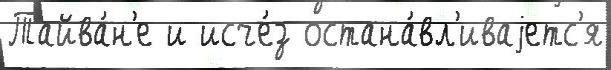
Тайва́н'е и исче́з остана́вл'иваjетс'я